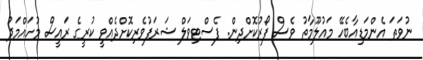
ނުވަތަ އެންމަޑިއާބެހޭ މައުލޫމާތު ވެސް ފޯރުކޮށްދިން. ފެސްޓިވަލް ޝަރަފުވެރިކޮށްދެއްވީ ކުރީގެ ރައީސް މުހައްމަދު